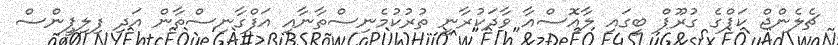
ޗެލެންޖް ކަޕްގެ ގުރޫޕް ބީގައި ލާއޮސްއާ ވާދަކުރާނީ ތުރުކުމެނިސްތާނާއި އަފްގާނިސްތާން އަދި ފިލިޕީންސް